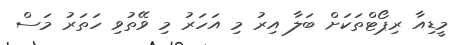
މީޑިއާ ރިޕޯޓްތަކަށް ބަލާ އިރު މި އަހަރު މި ވޭތުވި ހަތަރު މަސް